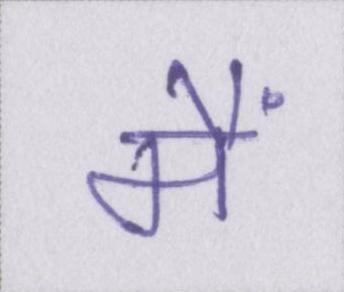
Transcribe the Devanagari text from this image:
मैं